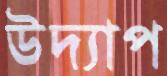
উদ্যাপ